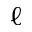
\ell